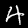
Label: 4